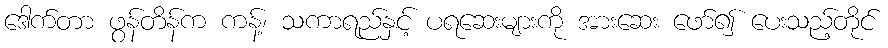
ဒေါက်တာ ဖွန်တိန်က ကန့်၊ သကာရည်နှင့် ပရဆေးများကို အားဆေး ဖော်၍ ပေးသည့်တိုင်